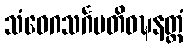
သံဝေဂသင်္ဂမတိဝဍ္ဎနတ္ထံ